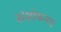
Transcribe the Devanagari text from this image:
संशोधनच